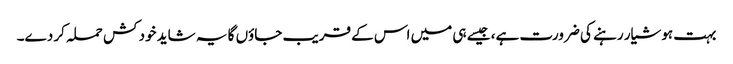
بہت ہوشیار رہنے کی ضرورت ہے، جیسے ہی میں اس کے قریب جاؤں گا یہ شاید خود کش حملہ کر دے۔